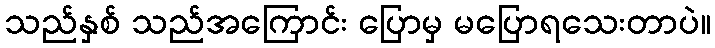
သည်နှစ် သည်အကြောင်း ပြောမှ မပြောရသေးတာပဲ။